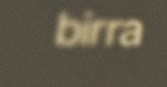
birra